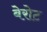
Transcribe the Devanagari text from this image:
बेरोट